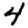
Digit: 4